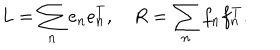
LaTeX: L = \sum _ { n } e _ { n } e _ { n } ^ { T } , \quad R = \sum _ { n } f _ { n } f _ { n } ^ { T } .